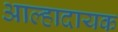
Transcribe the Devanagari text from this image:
आल्हादायक